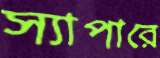
স্যাপারে